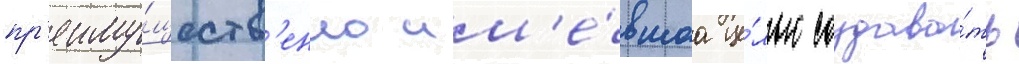
пр'еиму́ществ'енно им'е́вшаа це́лью создава́ть